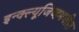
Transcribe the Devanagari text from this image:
इन्क्ल्यूजिव्हमधील